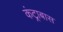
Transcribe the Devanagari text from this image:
कंट्राबास